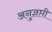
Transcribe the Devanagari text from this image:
अनुज्ञप्ती